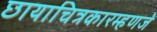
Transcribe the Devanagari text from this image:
छायाचित्रकारम्हणजे